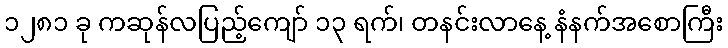
၁၂၈၁ ခု ကဆုန်လပြည့်ကျော် ၁၃ ရက်၊ တနင်းလာနေ့ နံနက်အစောကြီး